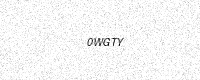
Text: 0WGTY